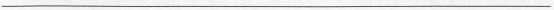
___